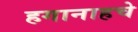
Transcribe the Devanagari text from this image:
हगानाहचे